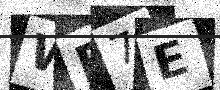
Text: WR7E